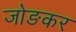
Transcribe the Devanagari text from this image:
जोङकर